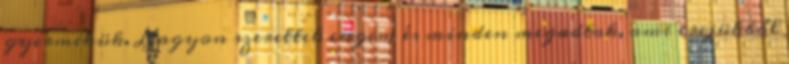
gyermekük. Nagyon szerettek engem és minden megadtak, ami erejükből